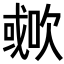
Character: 𣤐